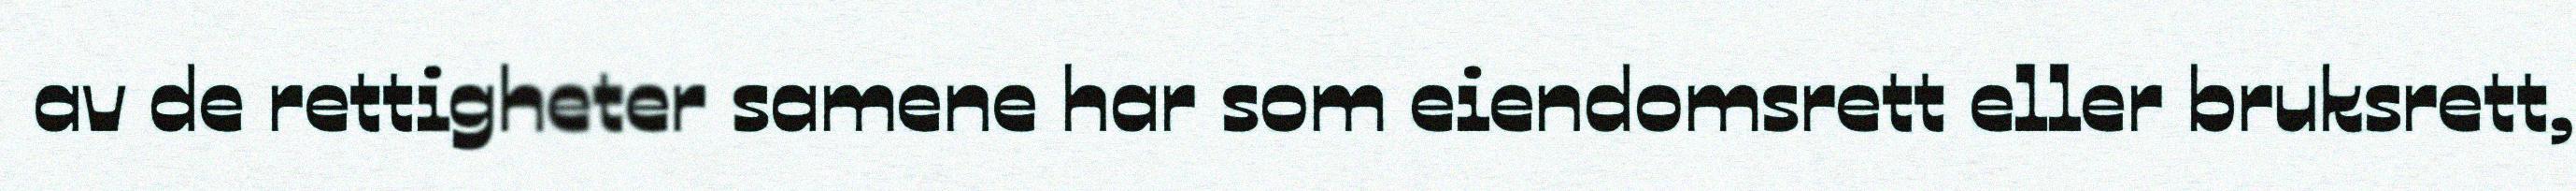
av de rettigheter samene har som eiendomsrett eller bruksrett,